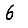
Digit: 6